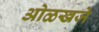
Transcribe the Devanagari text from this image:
ओळखजे